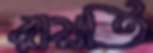
রায়তি